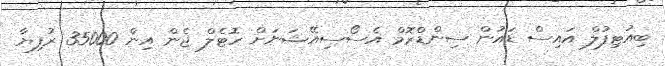
ބިއުޓިފުލް އައިސް ޑައުން ސިންޑްރޮމް އެސޯސިއޭޝަނަށް ހޮޓެލް ޖެން އިން 35000 ރުފިޔާ